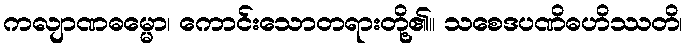
ကလျာဏဓမ္မော၊ ကောင်းသောတရားတို့၏။ သစေဒပဏိဓဟိဿတိ၊